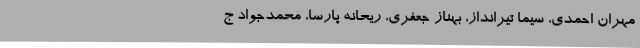
مهران احمدی، سیما تیرانداز، بهناز جعفری، ریحانه پارسا، محمدجواد ج